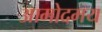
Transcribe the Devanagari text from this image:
आमोदमय